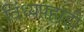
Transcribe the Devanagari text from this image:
विंध्यपहाड़ी